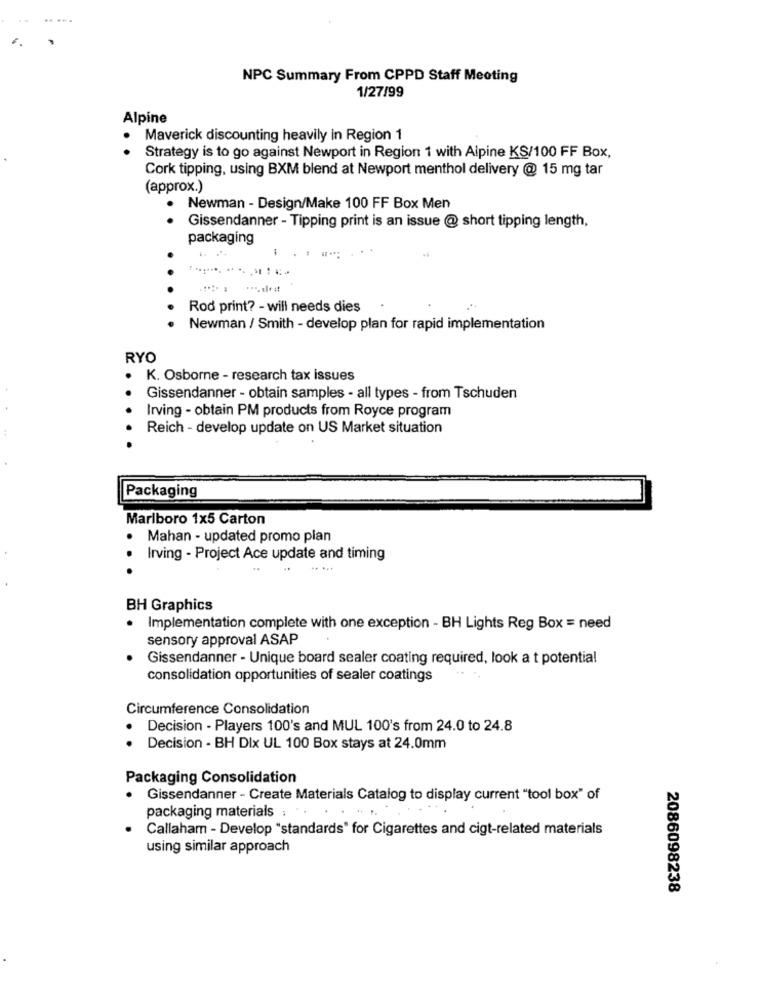
NPC Summary From CPPD Staff Meeting
1/27/99
Alpine
Maverick discounting heavily in Region 1
Strategy is to go against Newport in Region 1 with Alpine KS/100 FF Box,
Cork tipping, using BXM blend at Newport menthol delivery @ 15 mg tar
(approx.)
Newman - Design/Make 100 FF Box Men
Gissendanner - Tipping print is an issue @ short tipping length,
packaging
.. ...
Rod print? - will needs dies
Newman / Smith - develop plan for rapid implementation
RYO
K. Osborne - research tax issues
Gissendanner - obtain samples - all types - from Tschuden
Irving - obtain PM products from Royce program
Reich - develop update on US Market situation
Packaging
Marlboro 1x5 Carton
. Mahan - updated promo plan
Irving - Project Ace update and timing
BH Graphics
. Implementation complete with one exception - BH Lights Reg Box = need
sensory approval ASAP
Gissendanner - Unique board sealer coating required, look a t potential
consolidation opportunities of sealer coatings
Circumference Consolidation
Decision - Players 100's and MUL 100's from 24.0 to 24.8
Decision - BH Dix UL 100 Box stays at 24.0mm
Packaging Consolidation
Gissendanner - Create Materials Catalog to display current "tool box" of
packaging materials : ".
Callaham - Develop "standards" for Cigarettes and cigt-related materials
using similar approach
2086098238